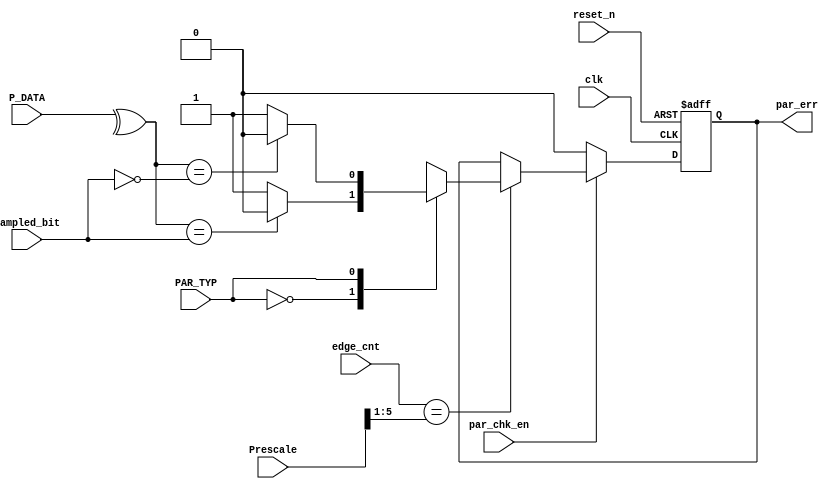
module Parity_Check
	#(parameter DATA_width = 8, Prescale_width = 6)
(
	input PAR_TYP,
	input par_chk_en,
	input sampled_bit,
	input clk, reset_n,
	input [DATA_width-1 : 0] P_DATA,
	input [Prescale_width-1 : 0] Prescale,
	input [Prescale_width-1 : 0] edge_cnt,
	
	output reg par_err
);

reg par_err_next;

//State register

always @(posedge clk, negedge reset_n)
	begin
	
		if (~ reset_n)
			par_err <= 1'b0;
			
		else 
			par_err <= par_err_next;
			
	end

//Next State Logic
	
always @(*)
	begin			
		
		if (par_chk_en)
		
			if (edge_cnt == Prescale >> 1)
				begin 
				
					case (PAR_TYP)
						
						// Even Parity
						1'b0: 
							if (^P_DATA == sampled_bit) //If number of 1s is Even, sampled_bit = 0,  xored Data = 0
								par_err_next <= 1'b0;    // If number of 1s is Odd, sampled_bit = 1, xored Data = 1 
							
							else
								par_err_next <= 1'b1;
								
						// Odd Parity		
						1'b1:
							if (^P_DATA == ~sampled_bit) //If number of 1s is Odd, sampled_bit = 0, xored Data = 1 
								par_err_next <= 1'b0;     // If number of 1s is Even, sampled_bit = 1, xored Data = 0
							
							else
								par_err_next <= 1'b1;		
					endcase
					
				end 
				
			else 
				par_err_next <= par_err; 
			
		else 
			par_err_next <= 1'b0;
		
	end 
	
endmodule